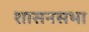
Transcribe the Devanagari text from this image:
शासनसभा